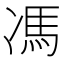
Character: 馮